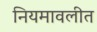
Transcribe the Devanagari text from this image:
नियमावलीत